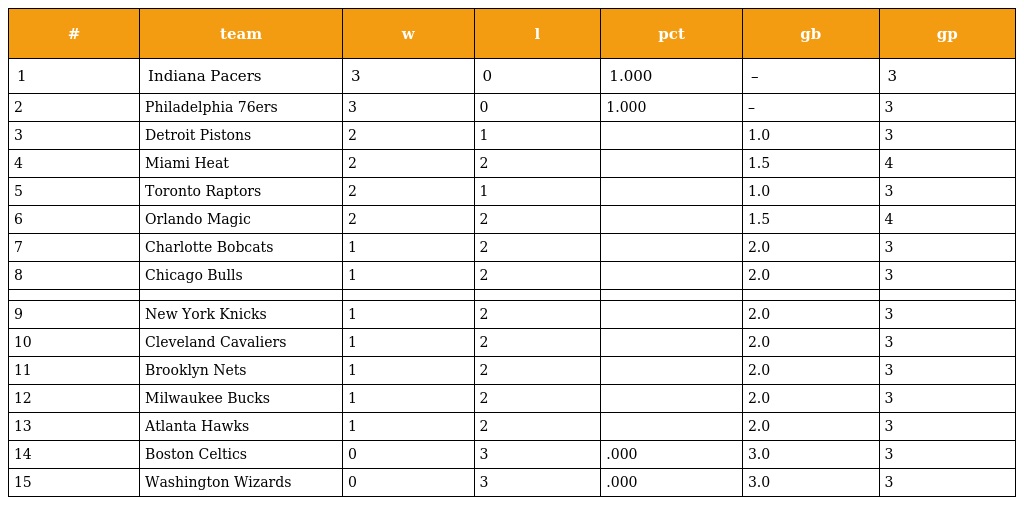
| # | team | w | l | pct | gb | gp |
 | --- | --- | --- | --- | --- | --- | --- |
 | 1 | Indiana Pacers | 3 | 0 | 1.000 | – | 3 |
 | 2 | Philadelphia 76ers | 3 | 0 | 1.000 | – | 3 |
 | 3 | Detroit Pistons | 2 | 1 |  | 1.0 | 3 |
 | 4 | Miami Heat | 2 | 2 |  | 1.5 | 4 |
 | 5 | Toronto Raptors | 2 | 1 |  | 1.0 | 3 |
 | 6 | Orlando Magic | 2 | 2 |  | 1.5 | 4 |
 | 7 | Charlotte Bobcats | 1 | 2 |  | 2.0 | 3 |
 | 8 | Chicago Bulls | 1 | 2 |  | 2.0 | 3 |
 |  |  |  |  |  |  |  |
 | 9 | New York Knicks | 1 | 2 |  | 2.0 | 3 |
 | 10 | Cleveland Cavaliers | 1 | 2 |  | 2.0 | 3 |
 | 11 | Brooklyn Nets | 1 | 2 |  | 2.0 | 3 |
 | 12 | Milwaukee Bucks | 1 | 2 |  | 2.0 | 3 |
 | 13 | Atlanta Hawks | 1 | 2 |  | 2.0 | 3 |
 | 14 | Boston Celtics | 0 | 3 | .000 | 3.0 | 3 |
 | 15 | Washington Wizards | 0 | 3 | .000 | 3.0 | 3 |